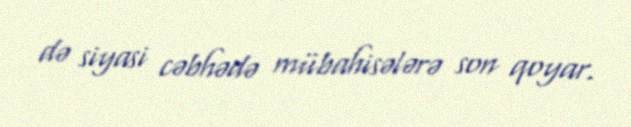
də siyasi cəbhədə mübahisələrə son qoyar.